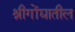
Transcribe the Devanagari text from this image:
श्रीगोंद्यातील